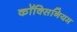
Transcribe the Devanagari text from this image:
कॉक्सिनियम